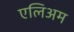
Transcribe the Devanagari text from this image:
एलिअम